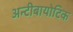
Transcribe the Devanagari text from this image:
अन्टीबायोटिक